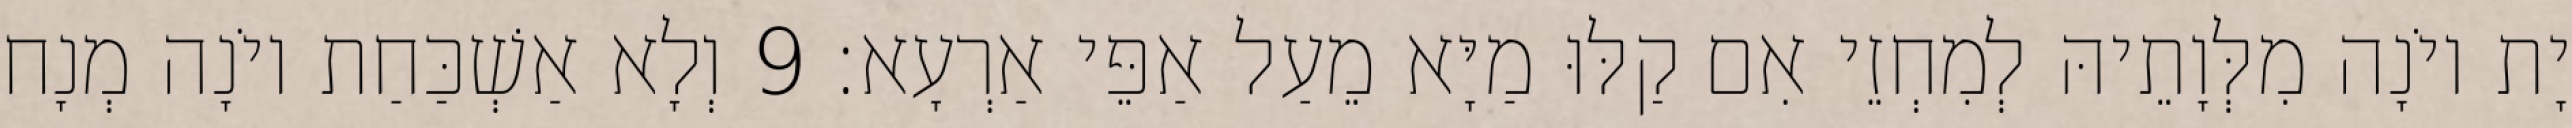
יָת יוֹנָה מִלְּוָתֵיהּ לְמִחְזֵי אִם קַלּוּ מַיָּא מֵעַל אַפֵּי אַרְעָא׃ 9 וְלָא אַשְׁכַּחַת יוֹנָה מְנָח